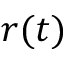
r ( t )